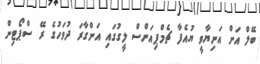
ބޭލް އަށް އަނިޔާވީ ޔުއެފާ ޗެމްޕިއަންސް ލީގުގައި އަންގާރަ ދުވަހުގެ ރޭ ސްޕޯޓިން